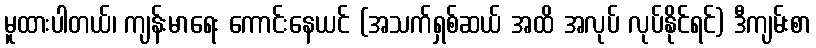
မူထားပါတယ်၊ ကျန်းမာရေး ကောင်းနေယင် (အသက်ရှစ်ဆယ် အထိ အလုပ် လုပ်နိုင်ရင်) ဒီကျမ်းစာ